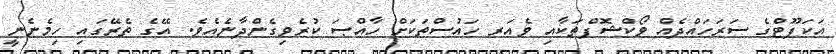
އަކަފޫޓްގެ ސަރަހައްދެއް ވޯކްޝޮޕްތަކާއި ވެއަރ ހައުސްތަކަށް ހާއްޞަ ކުރެވިގެންދާނެއެވެ. އޭގެ ތެރޭގައި ހިމެނެނީ